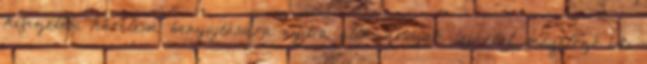
kifizetési kérelem benyújtására nyitva álló időszak lejártát megelőző 60.